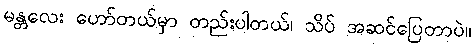
မန္တလေး ဟော်တယ်မှာ တည်းပါတယ်၊ သိပ် အဆင်ပြေတာပဲ။